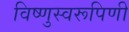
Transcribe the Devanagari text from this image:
विष्णुस्वरूपिणी